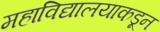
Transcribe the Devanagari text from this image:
महाविद्यालयाकडून